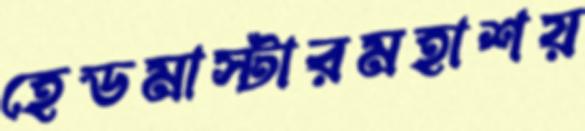
হেডমাস্টারমহাশয়